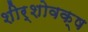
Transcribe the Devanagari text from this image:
शीर्शोवक्ष